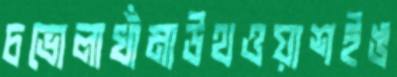
চভোলাখাঁমাউথওয়াশইঙ